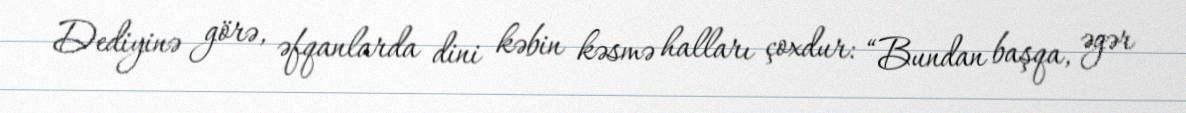
Dediyinə görə, əfqanlarda dini kəbin kəsmə halları çoxdur: “Bundan başqa, əgər